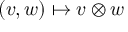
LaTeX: ( v , w ) \mapsto v \otimes w